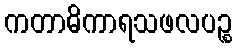
ကတာဓိကာရသဖလပဉ္စ